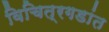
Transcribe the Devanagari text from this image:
विचित्रगडांत